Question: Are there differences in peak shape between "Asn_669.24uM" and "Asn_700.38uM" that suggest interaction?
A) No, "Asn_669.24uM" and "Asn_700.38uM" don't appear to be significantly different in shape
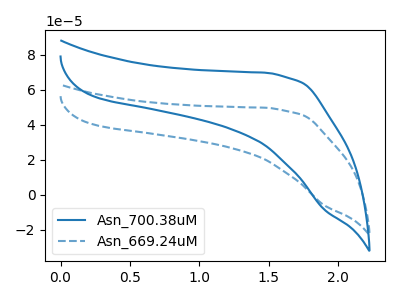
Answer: <think>The blue curve "Asn_700.38uM" has no peaks. The blue dashed curve "Asn_669.24uM" has no peaks.
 Neither "Asn_669.24uM" or "Asn_700.38uM" have any peaks.</think>
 <answer>A) No, "Asn_669.24uM" and "Asn_700.38uM" don't appear to be significantly different in shape</answer>
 <eval>A</eval>